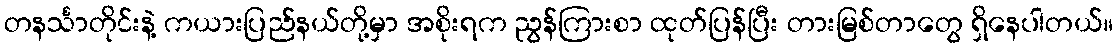
တနင်္သာတိုင်းနဲ့ ကယားပြည်နယ်တို့မှာ အစိုးရက ညွန်ကြားစာ ထုတ်ပြန်ပြီး တားမြစ်တာတွေ ရှိနေပါတယ်။